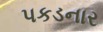
પકડનાર